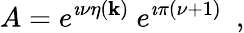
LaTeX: A=e^{\imath\nu\eta(\mathbf{k})}~e^{\imath\pi(\nu+1)}~~,